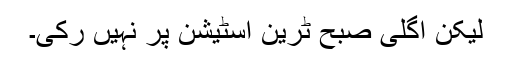
لیکن اگلی صبح ٹرین اسٹیشن پر نہیں رکی۔